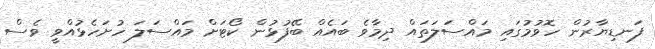
ފަނޑިޔާރުން ހޮވުމުގައި މައްސަލަތައް ދިމާވެ ބައެއް ބޭފުޅުން ކޯޓަށް މައްސަލަ ހުށަހެޅުއްވީ ވެސް